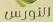
النورس